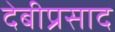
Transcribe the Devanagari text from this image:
देबीप्रसाद